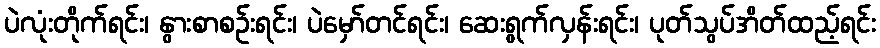
ပဲလုံးတိုက်ရင်း၊ နွားစာစဉ်းရင်း၊ ပဲမှော်တင်ရင်း၊ ဆေးရွက်လှန်းရင်း၊ ပုတ်သွပ်အိတ်ထည့်ရင်း